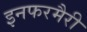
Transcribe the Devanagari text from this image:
इनफरमैरी